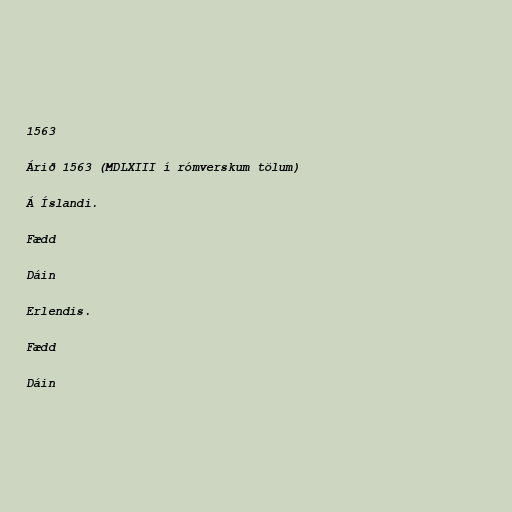
1563

Árið 1563 (MDLXIII í rómverskum tölum)

Á Íslandi.

Fædd

Dáin

Erlendis.

Fædd

Dáin